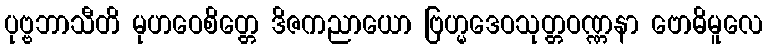
ပုဗ္ဗဘာသီတိ မုဟဝေစိတ္တေ ဒိဇကညာယော ဗြဟ္မဒေဝသုတ္တဝဏ္ဏနာ ဗောဓိမူလေ